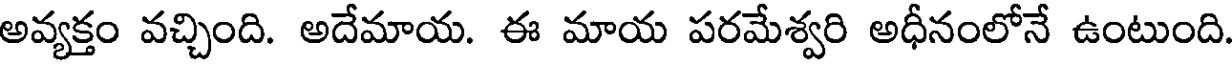
అవ్యక్తం వచ్చింది. అదేమాయ. ఈ మాయ పరమేశ్వరి అధీనంలోనే ఉంటుంది